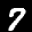
Label: 7